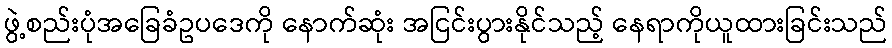
ဖွဲ့စည်းပုံအခြေခံဥပဒေကို နောက်ဆုံး အငြင်းပွားနိုင်သည့် နေရာကိုယူထားခြင်းသည်